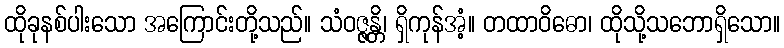
ထိုခုနစ်ပါးသော အကြောင်းတို့သည်။ သံဝဇ္ဇန္တိ၊ ရှိကုန်အံ့။ တထာဝိဓော၊ ထိုသို့သဘောရှိသော။